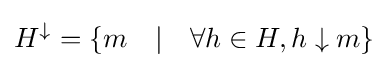
H^{\downarrow }=\{m\quad |\quad \forall h\in H,h\downarrow m\}